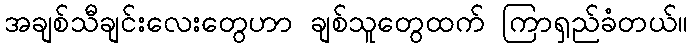
အချစ်သီချင်းလေးတွေဟာ ချစ်သူတွေထက် ကြာရှည်ခံတယ်။